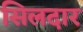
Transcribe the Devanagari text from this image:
सिलदार